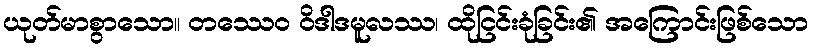
ယုတ်မာစွာသော။ တဿေဝ ဝိဒါဒမူလဿ၊ ထိုငြင်းခုံခြင်း၏ အကြောင်းဖြစ်သော